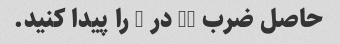
حاصل ضرب 21 در 5 را پیدا کنید.